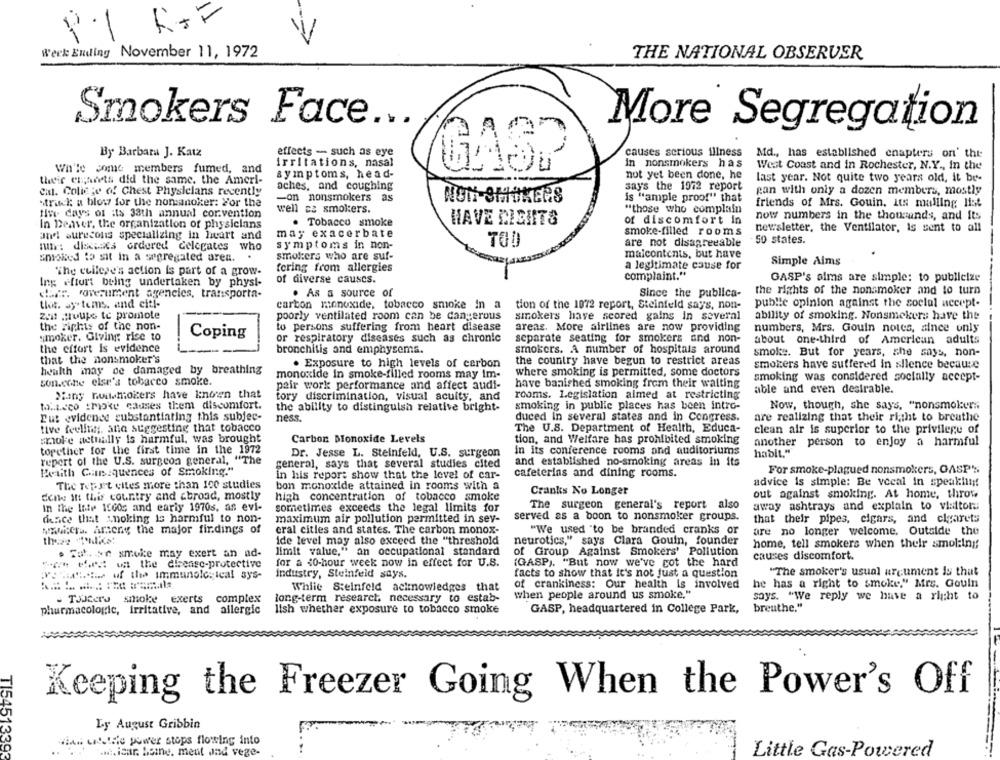
V
Werk Ending November 11, 1972
THE NATIONAL OBSERVER
Smokers Face ...
A
More Segregation
By Barbara J. Katz
effects - such as eye
causes serious illness
Md ., has established enapters on' this
wh'le come members fumed, and
irritations, nasal
in nonsmokers has
West Coast and in Rochester, N.Y ., in the
symptoms, head-
not yet been done, he
their erarets did the same. the Ameri-
last year. Not quite two years old, it be-
cat. College of Chest Physlelans recently
aches, and coughing
says the 1972 report
pan with only a dozen members, mostly
-on nonsmokers as
is "ample proof" that
strick a blow for the nonsanoker: For the
NON SMOKERS
friends of Mrs. Gouin. Its mailing list
five days of its 33th annual cor.vention
well ca smokers.
"those who complain
of discomfort In
now numbers in the thousands, and its
In Deaver, the organization of physicians
. Tobacco smoke
HAVE DIENTS
newsletter, the Ventilator, is sent to all
and surecons specializing in heart and
may exacerbate
smoke-filled rooms
symptoms in non-
are not disagreeable
50 states.
un: discsacs ordered delegates who
smoked to sit in a segregated aren.
smol:ers who are suf-
malcontents, but have
fcring from allergies
a legitimate cause for
Simple Aims
The cuilese's action is part of a grow-
of diverse causes.
complaint."
GASP's aims are simple: to publiclze
Ing effort being undertaken by physi-
daer. roverument agencies, transporta-
· As a source of
Since the publica-
the rights of the nonsmoker and to turn
tiot. systems. and citl-
carbon monoxide, tobacco smoke in a tion of the 1072 report, Steinfeld says, non-
public opinion against the social accept-
zen House to promote
poorly ventilated room can be dangerous
smokers have scored gains in several
ability of smoking. Nonsmokers have the
the rights of the non-
to persons suffering from heart disease
areas. More airlines are now providing
numbers, Mrs. Gouin notes, since only
Coping
smoker. Giving rice to
or respiratory diseases such as chronic
separate seating for smokers and non-
about one-third of American adults
the effort is evidence
bronchitis and emphysema.
smokers. A number of hospitals around
smoke. But for years, she says, non-
that the nonsmoker's
. Exposure to high levels of carbon
the country have begun to restrict areas
smokers have suffered In silence because
health may de damaged by breathing
where smoking is permitted, some doctors
son.cone else's tobacco smoke.
monoxide in smoke-filled rooms may im-
smoking was considered socially accept-
pair work performance and affect audi-
have banished smoking from their waiting
Many nulsmokers have known that
tory discrimination, visual acuity, and
rooms. Legislation almed at restricting
able and even desirable.
to.a.sco Empke causes them discomfort.
the ability to distinguish relative bright-
smoking in public places has been intro-
Now, though, she says, "nonsmokers
Eut evidence substantiating this subjec-
ness.
duced in several states and in Congress.
are realizing that their right to breathe
tive feeling, ana suggesting that tobacco
The U.S. Department of Health, Educa-
clean air is superior to the privilege of
smoke actually is harmful, was brought
Carbon Blonoxide Levels
tion, and Welfare has prohibited smoking
another person to enjoy a harmful
together for the first time in the 1972
Dr. Jesse L. Steinfeld, U.S. surgeon
in its conference rooms and auditoriums
habit."
report of the U.S. surgeon general, "The
general, says that several studies cited
and established no-smoking areas in its
Petith Caniquences of Smoking."
For smoke-plagued nonsmokers, OASP's
in his repor; show that the level of car-
cafeterias and dining rooms.
The Wepyet elles more than 100 studies
bon monoxide attained in rooms with a
advice is simple: Be vecal in speakinnf
Cranks No Longer
out against smoking. At home, throw
done In this country and abroad, mostly
high concentration of tobacco smoke
in the Inte 1600s and early 1970s. as evi-
sometimes exceeds the legal limits for
The surgeon general's report also
away ashtrays and explain to visitoru
desce that znoking is harmful to non-
served as a boon to nonsmoker groups.
maximum air pollution permitted in sey-
that their pipes, cigars, and cigarets
Nui:cra. Arsene the major fir.dings of
eral cities and states. The carbon monox-
"We used "to be branded cranks or
are no longer welcome. Outside the
ide level may also exceed the "threshold
neurotics," says Clara Gouin, founder
home, tell smokers when their smol:iny;
. Tak ar smoke may exert an ad-
limit value," an occupational standard
of Group Against Smokers' Pollution
causes discomfort.
for a <0-hour week now in effect for U.S.
(GASP). "But now we've got the hard
tiers w the dieense-protective
Ponad u the immunological sys-
industry, Steinfeld says.
facts to show that it's not just a question
"The smoker's usual argument is that
of crankiness: Our health is involved
he has a right to smoke," Mrs. Gouln
While Steinfeld acknowledges that
- TJJEers smoke exerts
complex
long-term research necessary to estab-
when people around us smoke."
says. "We reply we have a right to
lish whether exposure to tobacco smoke
breuthe."
pharmacologic, irritative, and allergic
GASP, headquartered in College Park,
Keeping the Freezer Going When the Power's Off
Ly August Gribbin
vian cit.die power stops flowing into
TI54513393
... isar. heine, ment and vege-
Little Gas-Powered